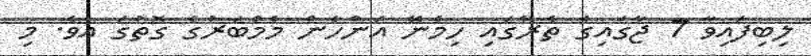
ލިބިފައިވާ 7 ޖާގައިގެ ތެރޭގައި ހިމެނޭ އަންހެން މެމްބަރުގެ ގޮތުގަ އެވެ. މި